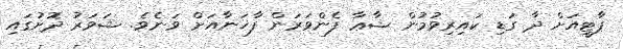
ޕާޓީއަށް ދާ ގަޑި ކައިރިވުމުން ޝާޢާ ފެންވަރަން ފާޚަނާއަށް ވަނެވެ. ޝަވަރު ދޮށުގައި